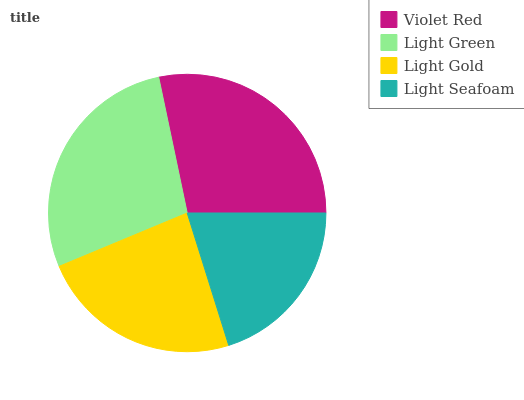
| Violet Red | Light Green | Light Gold | Light Seafoam |
 | --- | --- | --- | --- |
 | 28.3% | 28% | 23.5% | 20.2% |